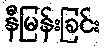
နီမြန်းခြင်း